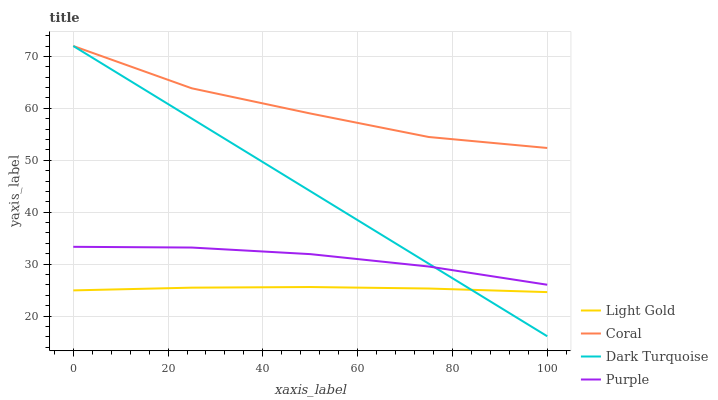
| xaxis_label | Light Gold | Coral | Dark Turquoise | Purple |
 | --- | --- | --- | --- | --- |
 | 0 | 24.9 | 72 | 72 | 33.3 |
 | 25 | 25.5 | 63.9 | 58 | 33.2 |
 | 50 | 25.6 | 59 | 44.1 | 31.9 |
 | 75 | 25.3 | 54.5 | 30.1 | 29.5 |
 | 100 | 24.6 | 52.4 | 16.1 | 26 |